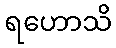
ရဟောသိ